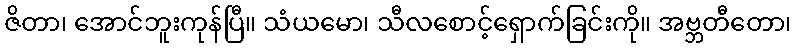
ဇိတာ၊ အောင်ဘူးကုန်ပြီ။ သံယမော၊ သီလစောင့်ရှောက်ခြင်းကို။ အဗ္ဘတီတော၊